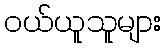
ဝယ်ယူသူများ